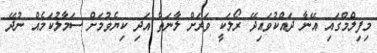
މިފިލްމްގައި އޭނާ ދައްކުވައިދޭ ރޯލަކީ ވަރަށް ލާނަތް އަދި ކިޔެވުމަށް ސަމާލުކަމެއް ނުދޭ